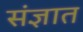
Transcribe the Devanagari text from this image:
संज्ञात